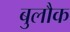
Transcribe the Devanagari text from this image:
बुलौक